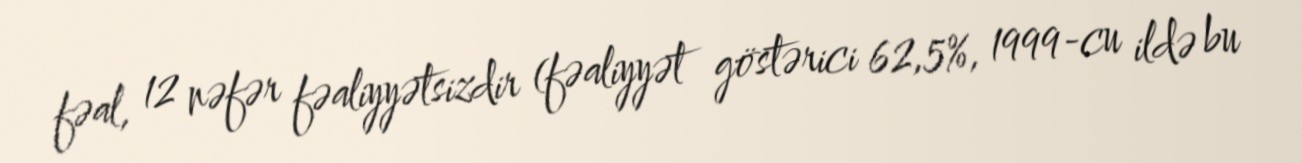
fəal, 12 nəfər fəaliyyətsizdir (fəaliyyət göstərici 62,5%, 1999-cu ildə bu